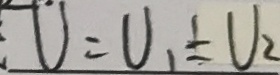
U = U _ { 1 } = U _ { 2 }